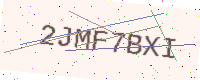
Text: 2JMF7BXI